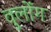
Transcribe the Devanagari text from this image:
वुलोंग